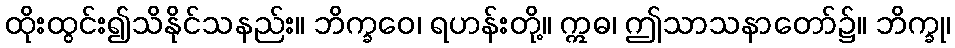
ထိုးထွင်း၍သိနိုင်သနည်း။ ဘိက္ခဝေ၊ ရဟန်းတို့။ ဣဓ၊ ဤသာသနာတော်၌။ ဘိက္ခု၊